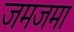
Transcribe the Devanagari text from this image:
जमजमा